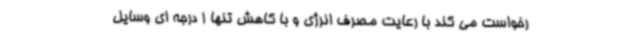
رخواست می کند با رعایت مصرف انرژی و با کاهش تنها 1 درجه ای وسایل